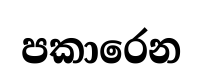
පකාරෙන